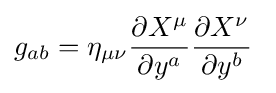
g_{ab}=\eta _{\mu \nu }{\frac {\partial X^{\mu }}{\partial y^{a}}}{\frac {\partial X^{\nu }}{\partial y^{b}}}\